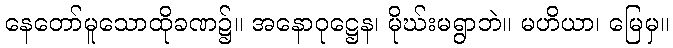
နေတော်မူသောထိုခဏ၌။ အနောဝုဋ္ဌေန၊ မိုဃ်းမရွာဘဲ။ မဟိယာ၊ မြေမှ။